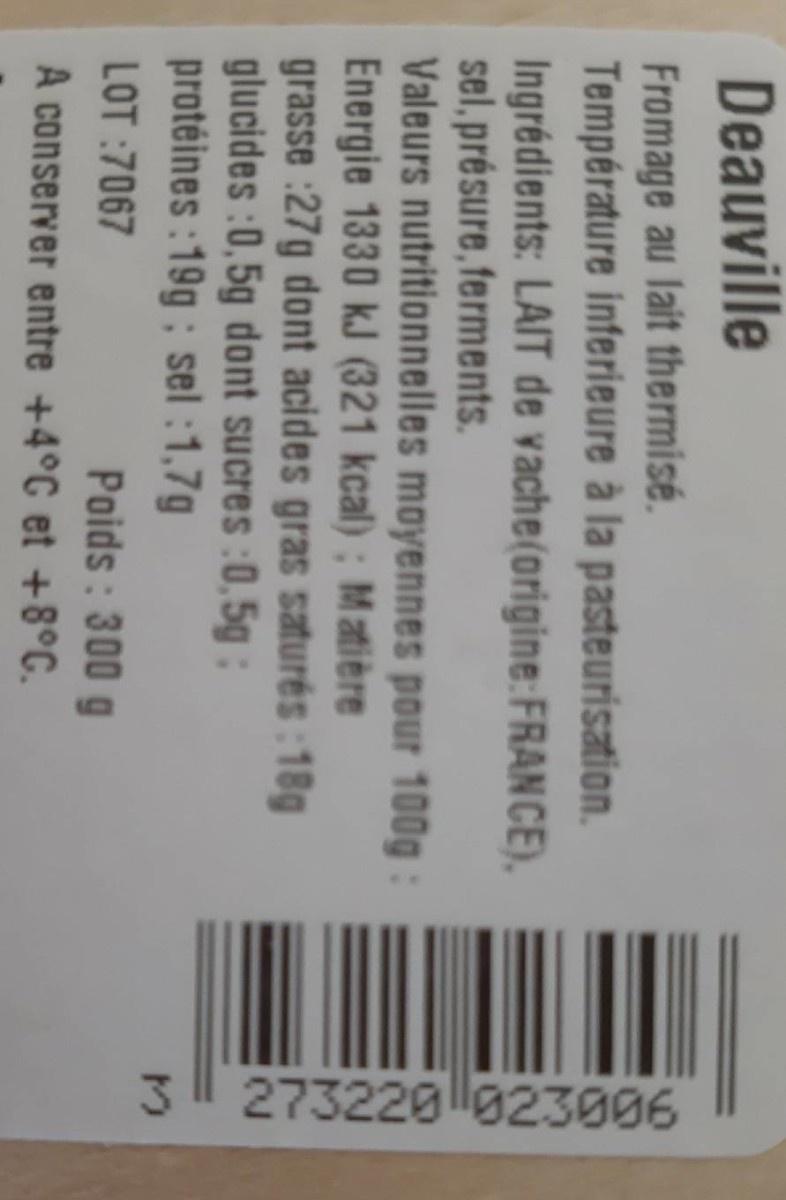
3 273220l023006
Deauville
Fromage au lait thermisé. Température inferieure à la pasteurisation. Ingrédients: LAIT de vache(origine:FRANCE), sel, présure, ferments. Valeurs nutritionnelles moyennes pour 100g: Energie 1330 kJ (321 kcal) ; Matière grasse :27g dont acides gras saturés : 18g glucides :0,5g dont sucres :0,5g : protéines : 19g ; sel :1,7g
LOT :7067
Poids : 300 g A conserver entre +4°C et +8°C.